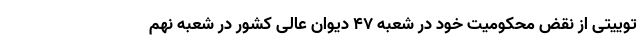
توییتی از نقض محکومیت خود در شعبه ۴۷ دیوان عالی کشور در شعبه نهم